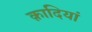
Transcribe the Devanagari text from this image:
क़ादियां